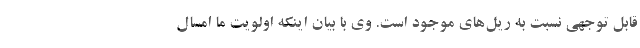
قابل توجهی نسبت به ریل‌های موجود است. وی با بیان اینکه اولویت ما امسال